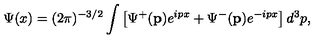
\Psi ( x ) = ( 2 \pi ) ^ { - 3 / 2 } \int \left[ \Psi ^ { + } ( \mathbf { p } ) e ^ { i p x } + \Psi ^ { - } ( \mathbf { p } ) e ^ { - i p x } \right] d ^ { 3 } p ,